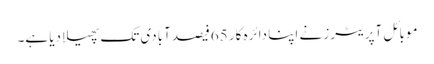
موبائل آپریٹرز نے اپنا دائرہ کار 65فیصد آبادی تک پھیلا دیا ہے۔